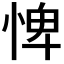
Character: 𢛞